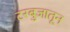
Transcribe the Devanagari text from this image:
टरबुजातून